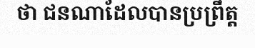
ថា ជនណាដែលបានប្រព្រឹត្ត